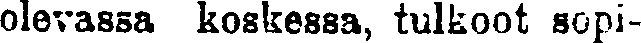
olevassa koskessa, tulkoot sopi-